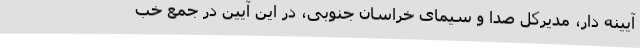
آیینه دار، مدیرکل صدا و سیمای خراسان جنوبی، در این آیین در جمع خب